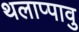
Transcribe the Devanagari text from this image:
थलाप्पावु